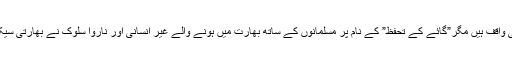
وہاں پراقلیتوں کی زبوں حالی سے تواقوام عالم پہلے سے ہی واقف ہیں مگر”گائے کے تحفظ” کے نام پر مسلمانوں کے ساتھ بھارت میں ہونے والے غیر انسانی اور ناروا سلوک نے بھارتی سیکولرازم کے نام نہاد نعروں کی قلعی کھول کر رکھ دی ہے۔